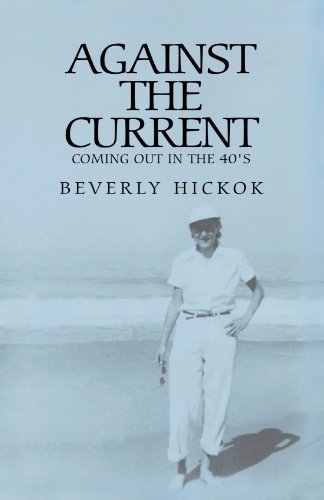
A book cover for Against the Current: Coming Out In The 1940's (Autobiography); Beverly Hickok; Gay & Lesbian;